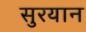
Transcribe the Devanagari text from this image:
सुरयान